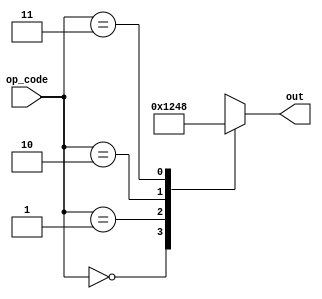
module alu_decoder_4out(op_code,out);

input [1:0] op_code; //input is the d_bits (when instantiated from Registry_Bank_Full)
output reg [3:0] out; //this is the register that the decoder selects





always @(*)
begin
case (op_code)
2'b00: out = 4'b0001;
2'b01: out = 4'b0010;
2'b10: out = 4'b0100;
2'b11: out = 4'b1000;
endcase


end
endmodule